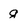
Character: g